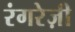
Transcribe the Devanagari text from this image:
रंगरेज़ी